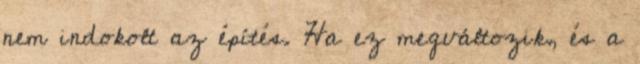
nem indokolt az építés. Ha ez megváltozik, és a